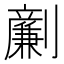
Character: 𠠟